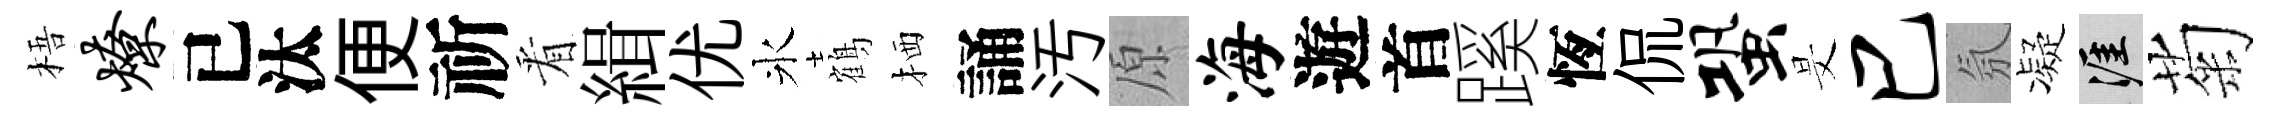
梧燎已汰便祈㸔緝优氷鶴栖誦汚原海遊首蹊恆侃蛩旻巳氛凝涯菊